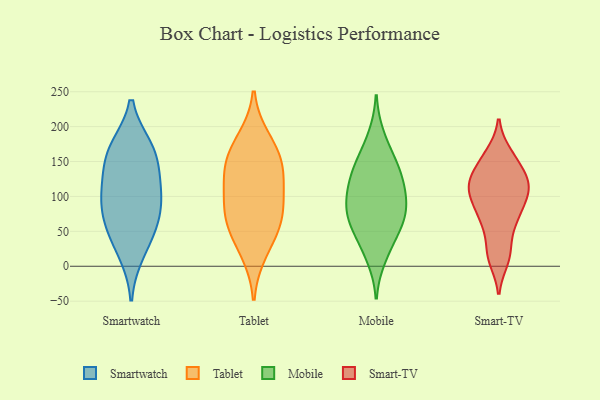
{"axis": {"x": "Market Share (%)", "y": "Value"}, "legend": ["Mobile", "Smart-TV", "Smartwatch", "Tablet"], "data": [{"x": "", "y": 61, "type": "Smartwatch"}, {"x": "", "y": 20, "type": "Smartwatch"}, {"x": "", "y": 104, "type": "Smartwatch"}, {"x": "", "y": 166, "type": "Smartwatch"}, {"x": "", "y": 169, "type": "Smartwatch"}, {"x": "", "y": 81, "type": "Smartwatch"}, {"x": "", "y": 50, "type": "Smartwatch"}, {"x": "", "y": 101, "type": "Smartwatch"}, {"x": "", "y": 159, "type": "Smartwatch"}, {"x": "", "y": 126, "type": "Smartwatch"}, {"x": "", "y": 181, "type": "Tablet"}, {"x": "", "y": 93, "type": "Tablet"}, {"x": "", "y": 21, "type": "Tablet"}, {"x": "", "y": 58, "type": "Tablet"}, {"x": "", "y": 116, "type": "Tablet"}, {"x": "", "y": 162, "type": "Tablet"}, {"x": "", "y": 141, "type": "Tablet"}, {"x": "", "y": 142, "type": "Tablet"}, {"x": "", "y": 58, "type": "Tablet"}, {"x": "", "y": 79, "type": "Tablet"}, {"x": "", "y": 186, "type": "Mobile"}, {"x": "", "y": 145, "type": "Mobile"}, {"x": "", "y": 106, "type": "Mobile"}, {"x": "", "y": 63, "type": "Mobile"}, {"x": "", "y": 13, "type": "Mobile"}, {"x": "", "y": 69, "type": "Mobile"}, {"x": "", "y": 69, "type": "Mobile"}, {"x": "", "y": 135, "type": "Mobile"}, {"x": "", "y": 91, "type": "Mobile"}, {"x": "", "y": 30, "type": "Mobile"}, {"x": "", "y": 127, "type": "Mobile"}, {"x": "", "y": 155, "type": "Mobile"}, {"x": "", "y": 56, "type": "Mobile"}, {"x": "", "y": 110, "type": "Mobile"}, {"x": "", "y": 90, "type": "Mobile"}, {"x": "", "y": 140, "type": "Smart-TV"}, {"x": "", "y": 79, "type": "Smart-TV"}, {"x": "", "y": 110, "type": "Smart-TV"}, {"x": "", "y": 112, "type": "Smart-TV"}, {"x": "", "y": 158, "type": "Smart-TV"}, {"x": "", "y": 122, "type": "Smart-TV"}, {"x": "", "y": 116, "type": "Smart-TV"}, {"x": "", "y": 97, "type": "Smart-TV"}, {"x": "", "y": 105, "type": "Smart-TV"}, {"x": "", "y": 16, "type": "Smart-TV"}, {"x": "", "y": 22, "type": "Smart-TV"}, {"x": "", "y": 117, "type": "Smart-TV"}, {"x": "", "y": 66, "type": "Smart-TV"}, {"x": "", "y": 61, "type": "Smart-TV"}, {"x": "", "y": 161, "type": "Smart-TV"}, {"x": "", "y": 10, "type": "Smart-TV"}, {"x": "", "y": 142, "type": "Smart-TV"}, {"x": "", "y": 71, "type": "Smart-TV"}]}